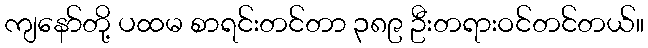
ကျနော်တို့ ပထမ စာရင်းတင်တာ ၃၈၉ ဦးတရားဝင်တင်တယ်။